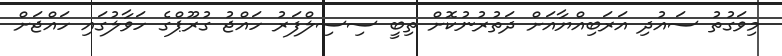
މިވަގުތު ސައުދި އަރަބިއްޔާއަށް ދަތުރުނުކޮށް ތިބީ ސިސިލްފަރު ހައްޖު ގުރޫޕްގެ ހަވާލުގައި ހައްޖަށް